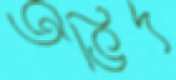
অভিদ